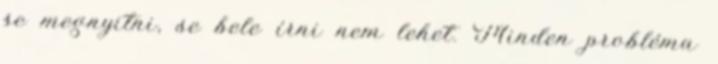
se megnyitni, se bele írni nem lehet. Minden probléma